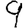
Digit: 9